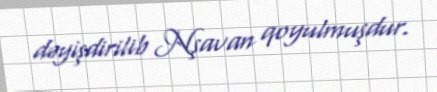
dəyişdirilib Nşavan qoyulmuşdur.